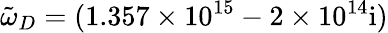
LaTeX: \tilde{\omega}_{D}=(1.357\times 10^{15}-2\times 10^{14}\mathrm{{i})}